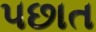
૫છાત